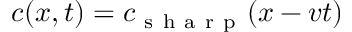
c ( x , t ) = c _ { \mathrm { ~ s ~ h ~ a ~ r ~ p ~ } } ( x - v t )